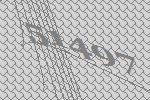
51497